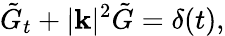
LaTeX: \tilde{G}_{t}+|\mathbf{k}|^{2}\tilde{G}=\delta(t),